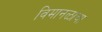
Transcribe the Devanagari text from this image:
विमानळाचा